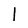
Character: 1